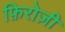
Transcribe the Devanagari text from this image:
फ़िरोज़ी